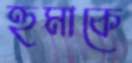
হুমাকে